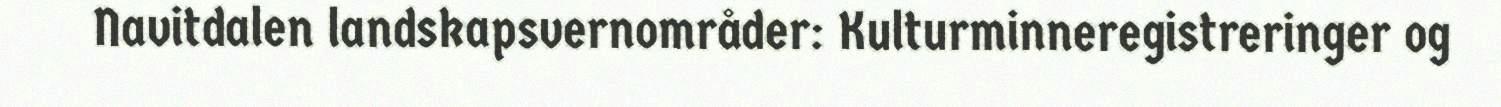
Navitdalen landskapsvernområder: Kulturminneregistreringer og